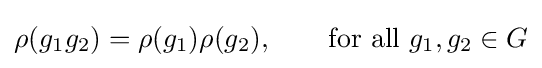
\rho (g_{1}g_{2})=\rho (g_{1})\rho (g_{2}),\qquad {\text{for all }}g_{1},g_{2}\in G